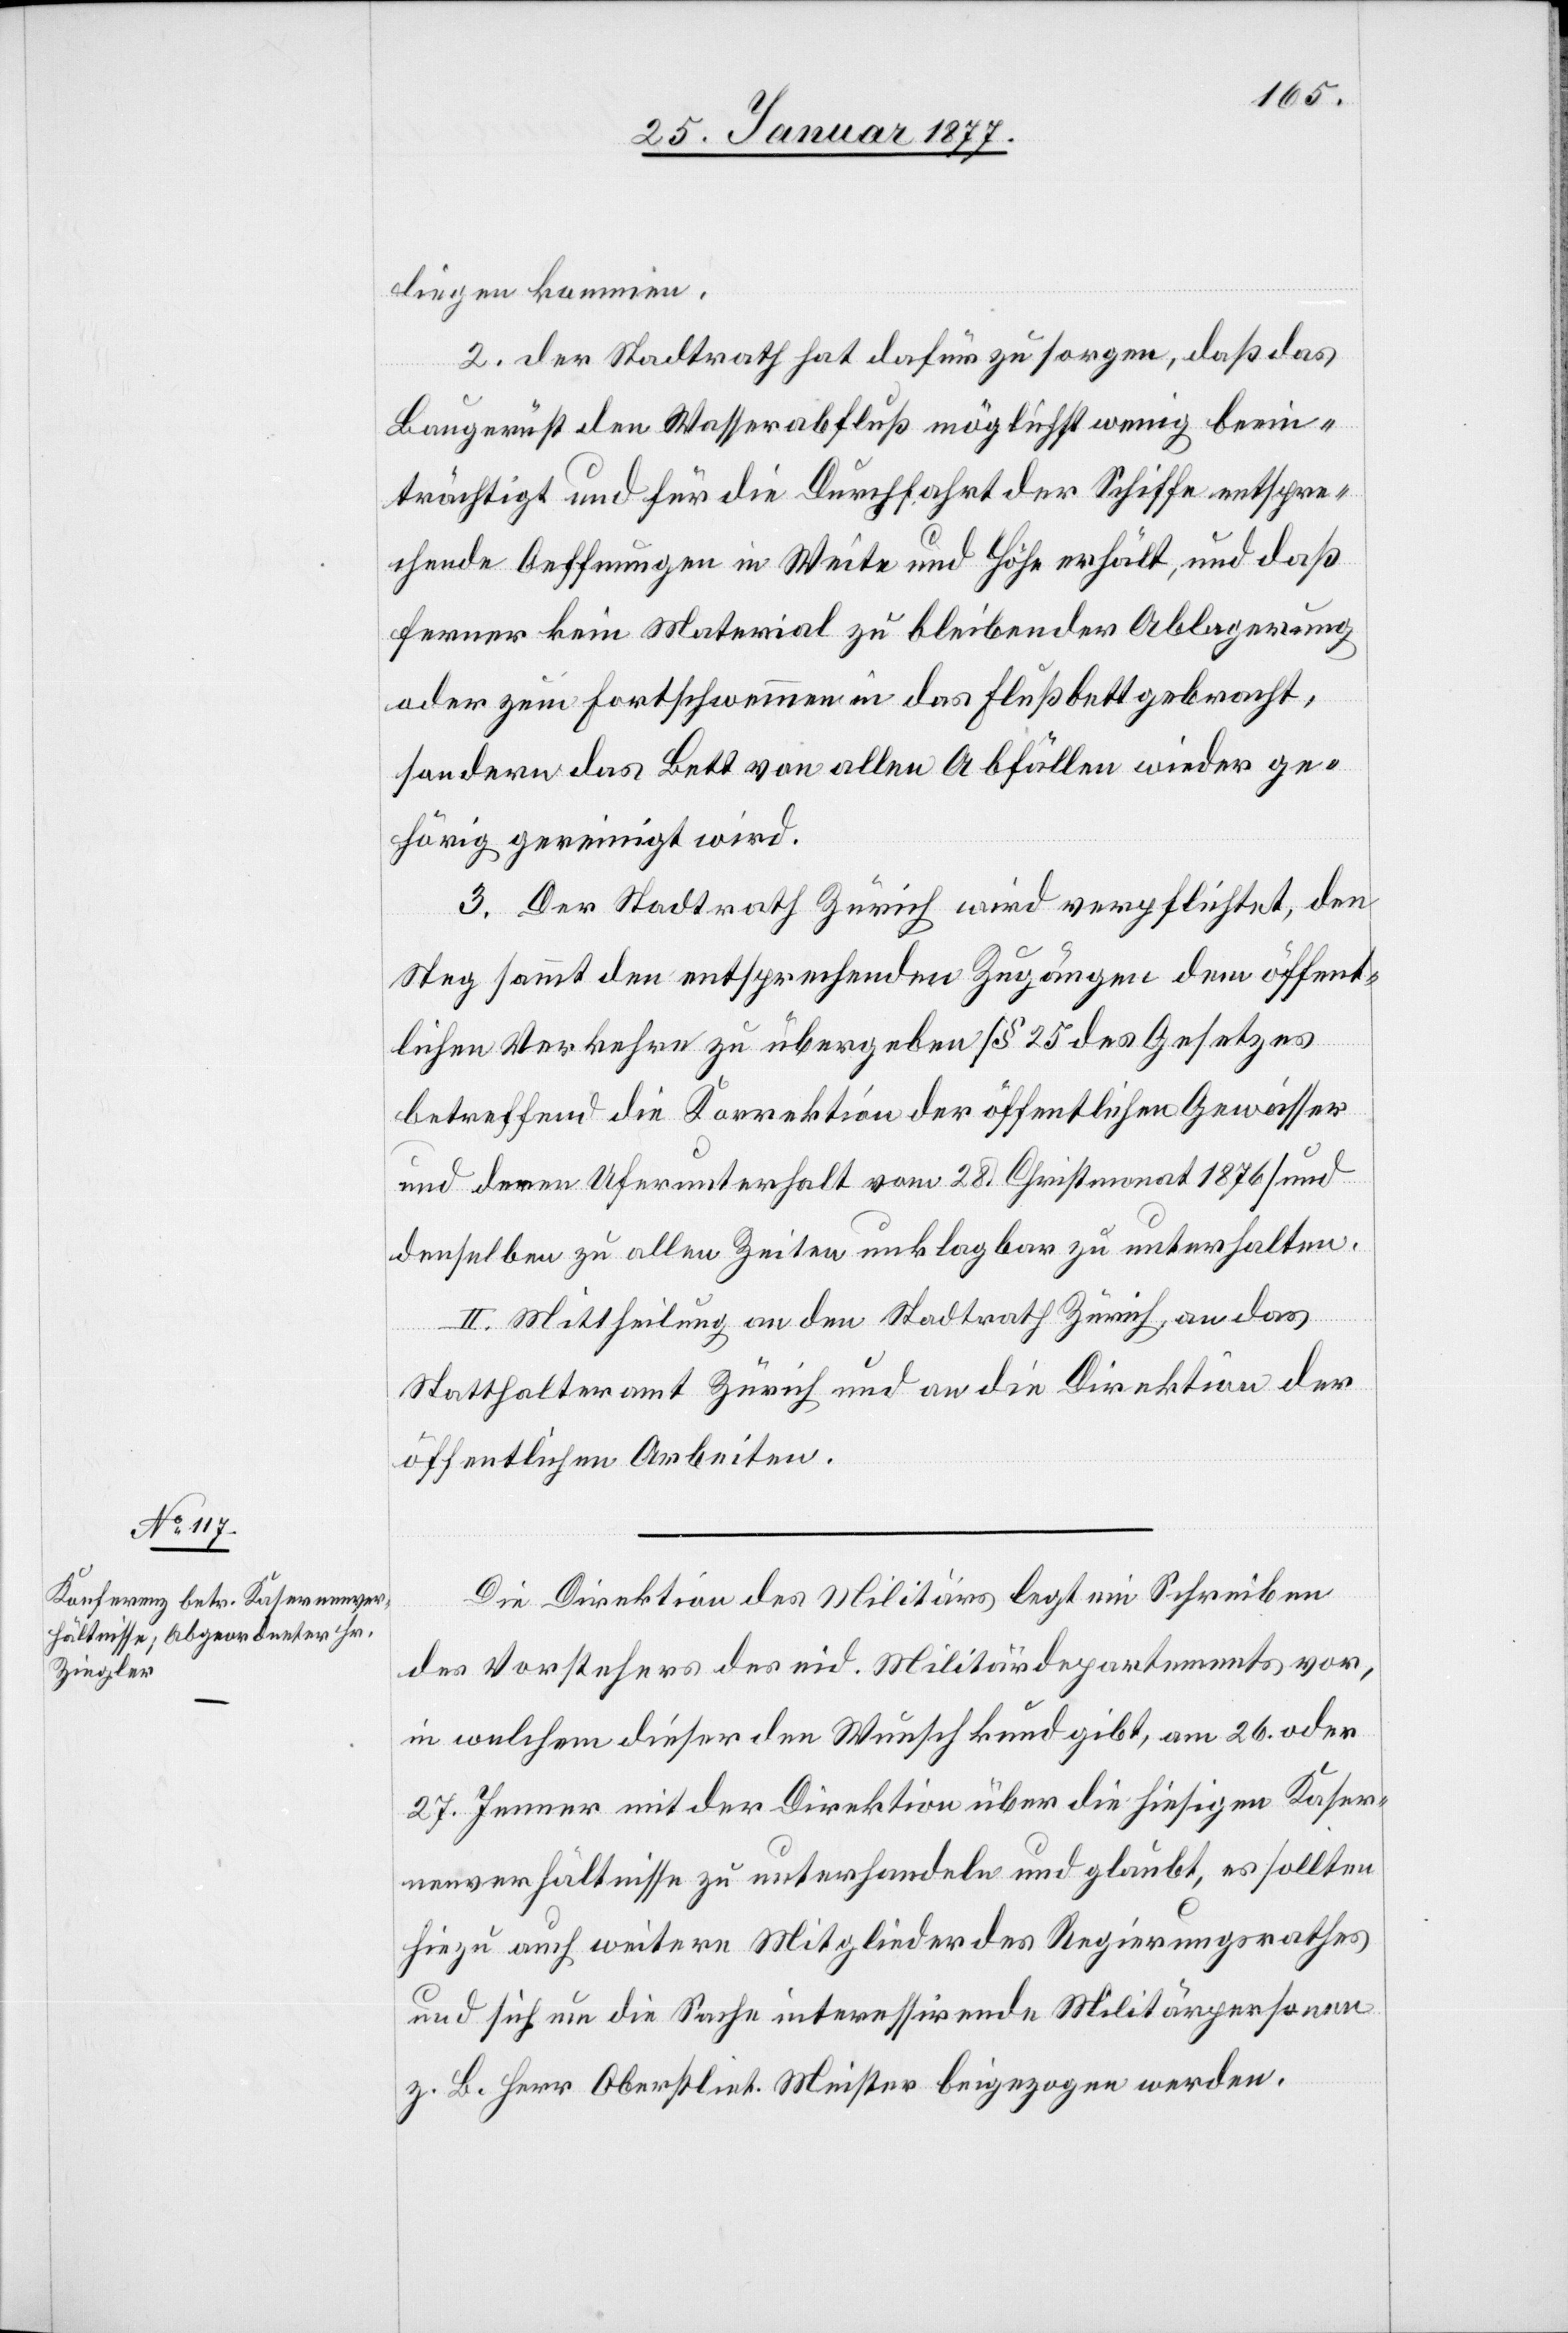
liegen kommen.
2. der Stadtrath hat dafür zu sorgen, daß das
Baugerüst den Wasserabfluß möglichst wenig beein¬
trächtigt und für die Durchfahrt der Schiffe entspre¬
chende Oeffnungen in Weite und Höhe erhält, und daß
ferner kein Material zu bleibender Ablagerung
oder zum Fortschwemmen in das Flußbett gebracht,
sondern das Bett von allen Abfällen wieder ge¬
hörig gereinigt wird.
3. Der Stadtrath Zürich wird verpflichtet, den
Steg sammt den entsprechenden Zugängen dem öffent¬
lichen Verkehre zu übergeben [§ 25 des Gesetzes
betreffend die Korrektion der öffentlichen Gewässer
und deren Unterhalt vom 28. Christmonat 1876] und
denselben zu allen Zeiten unklagbar zu unterhalten.
II. Mittheilung an den Stadtrath Zürich, an das
Statthalteramt Zürich und an die Direktion der
öffentlichen Arbeiten.
Die Direktion des Militärs legt ein Schreiben
des Vorstehers des eid. Militärdepartements vor,
in welchem dieser den Wunsch kund gibt, am 26. oder
27. Jenner mit der Direktion über die hiesigen Kaser¬
nenverhältnisse zu unterhandeln und glaubt, es sollten
hiezu auch weitere Mitglieder des Regierungsrathes
und sich um die Sache interessirende Militärpersonen
z. B. Herr Oberstlie[u]t. Meister beigezogen werden.